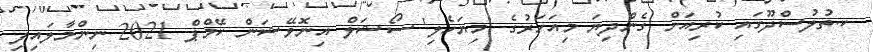
ކ.ތުލުސްދޫގައި ކުރިއަށް ގެންދިޔަ މިއަހަރުގެ 'މިޔަހެލި' ސޯޝަލް އިނޮވޭޝަން ކޭމްޕް 2021 ނިންމާލައިފި